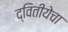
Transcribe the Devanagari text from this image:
द्वितीयेचा